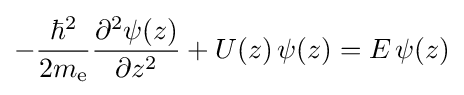
-{\frac {\hbar ^{2}}{2m_{\text{e}}}}{\frac {\partial ^{2}\psi (z)}{\partial z^{2}}}+U(z)\,\psi (z)=E\,\psi (z)